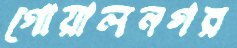
গোয়ালনগর